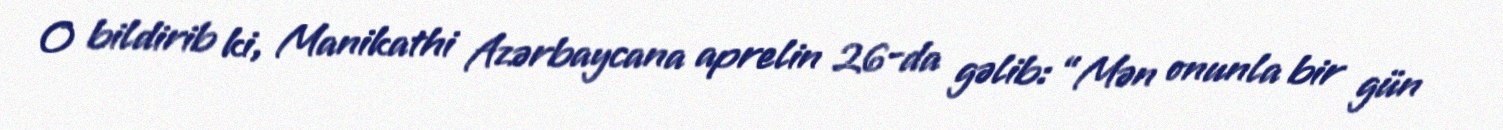
O bildirib ki, Manikathi Azərbaycana aprelin 26-da gəlib: “Mən onunla bir gün